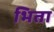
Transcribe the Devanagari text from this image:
भिता